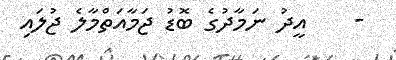
-    އީދު ނަމާދުގެ ބޮޑު ޖަމާއަތްމާލެ ޖުލައި